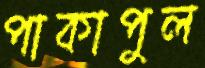
পাকাপুল